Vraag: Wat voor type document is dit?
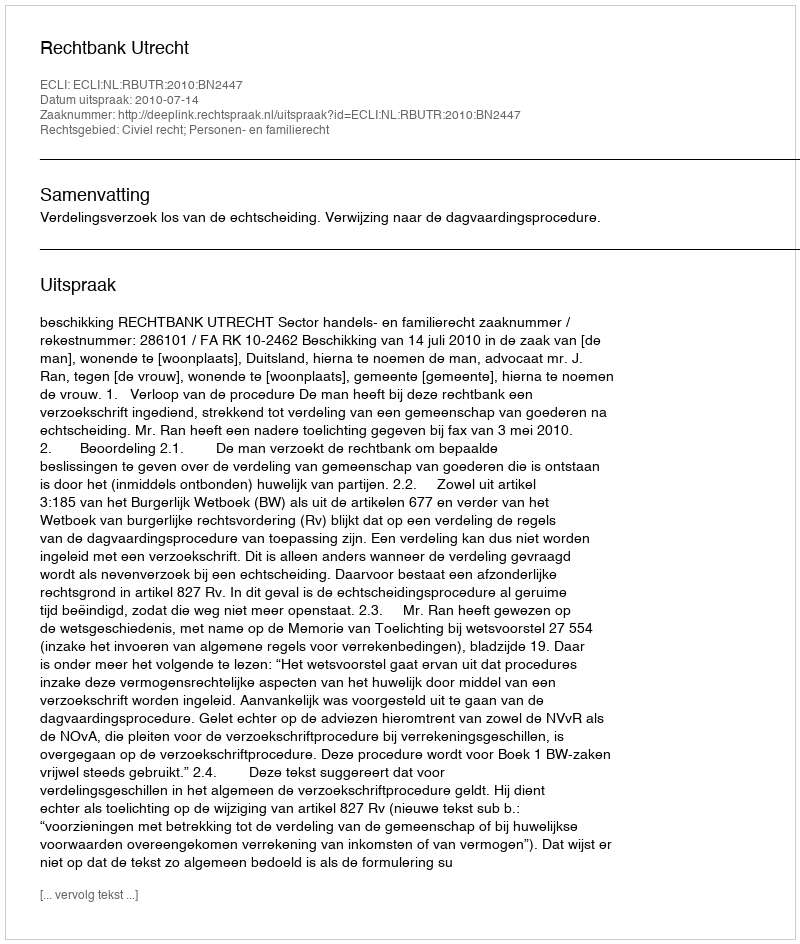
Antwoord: Uitspraak